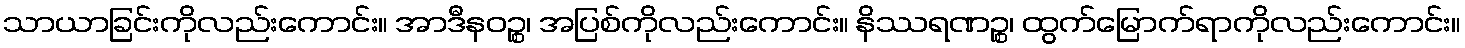
သာယာခြင်းကိုလည်းကောင်း။ အာဒီနဝဉ္စ၊ အပြစ်ကိုလည်းကောင်း။ နိဿရဏဉ္စ၊ ထွက်မြောက်ရာကိုလည်းကောင်း။